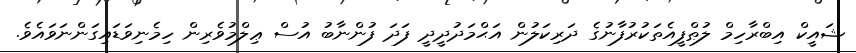
ޝައީކް އިބްރާހިމް ލުޠްފީއެތަކުރުފާނުގެ ދަރިކަލުން އަޙްމަދުދީދީ ފަދަ ފުންނާބު އުސް ޢިލްމުވެރިން ހިމެނިވަޑައިގަންނަވައެވެ.